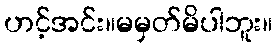
ဟင့်အင်း။မမှတ်မိပါဘူး။